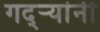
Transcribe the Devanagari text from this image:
गद्र्‍यांनी